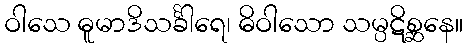
ဝါသေ ဓူမာဒိသင်္ခါရေ၊ ဓိဝါသော သမ္ပဋိစ္ဆနေ။